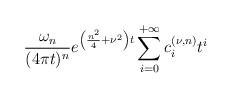
LaTeX: \begin{align*}\frac{\omega _{n}}{(4\pi t)^{n}}e^{\left( \frac{n^{2}}{4}+\nu ^{2}\right)t}\sum\limits_{i=0}^{+\infty }c_{i}^{\left( \nu ,n\right) }t^{i}\end{align*}